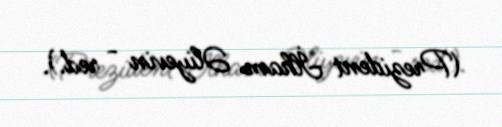
(Prezident İlham Əliyevin - red.).